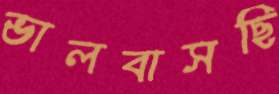
ভালবাসছি